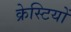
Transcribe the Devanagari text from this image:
क्रेस्टियों